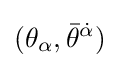
(\theta _{\alpha },{\bar {\theta }}^{\dot {\alpha }})